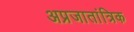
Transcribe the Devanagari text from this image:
अप्रजातांत्रिक